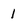
Character: 1